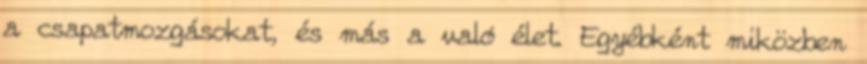
a csapatmozgásokat, és más a való élet. Egyébként miközben